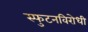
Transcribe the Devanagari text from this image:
स्‍फुटनविरोधी